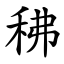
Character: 䄶